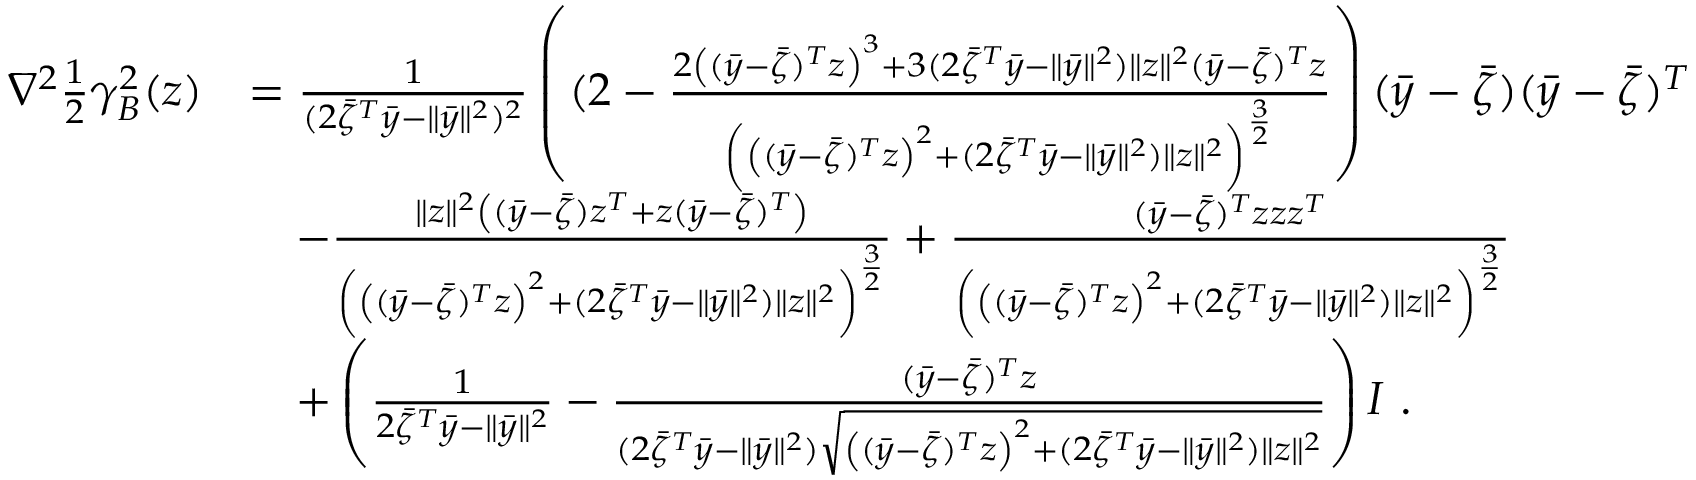
\begin{array} { r l } { \nabla ^ { 2 } \frac { 1 } { 2 } \gamma _ { B } ^ { 2 } ( z ) } & { = \frac { 1 } { ( 2 \bar { \zeta } ^ { T } \bar { y } - \| \bar { y } \| ^ { 2 } ) ^ { 2 } } \left( ( 2 - \frac { 2 \left( ( \bar { y } - \bar { \zeta } ) ^ { T } z \right) ^ { 3 } + 3 ( 2 \bar { \zeta } ^ { T } \bar { y } - \| \bar { y } \| ^ { 2 } ) \| z \| ^ { 2 } ( \bar { y } - \bar { \zeta } ) ^ { T } z } { \left( \left( ( \bar { y } - \bar { \zeta } ) ^ { T } z \right) ^ { 2 } + ( 2 \bar { \zeta } ^ { T } \bar { y } - \| \bar { y } \| ^ { 2 } ) \| z \| ^ { 2 } \right) ^ { \frac { 3 } { 2 } } } \right) ( \bar { y } - \bar { \zeta } ) ( \bar { y } - \bar { \zeta } ) ^ { T } } \\ & { \quad - \frac { \| z \| ^ { 2 } \left( ( \bar { y } - \bar { \zeta } ) z ^ { T } + z ( \bar { y } - \bar { \zeta } ) ^ { T } \right) } { \left( \left( ( \bar { y } - \bar { \zeta } ) ^ { T } z \right) ^ { 2 } + ( 2 \bar { \zeta } ^ { T } \bar { y } - \| \bar { y } \| ^ { 2 } ) \| z \| ^ { 2 } \right) ^ { \frac { 3 } { 2 } } } + \frac { ( \bar { y } - \bar { \zeta } ) ^ { T } z z z ^ { T } } { \left( \left( ( \bar { y } - \bar { \zeta } ) ^ { T } z \right) ^ { 2 } + ( 2 \bar { \zeta } ^ { T } \bar { y } - \| \bar { y } \| ^ { 2 } ) \| z \| ^ { 2 } \right) ^ { \frac { 3 } { 2 } } } } \\ & { \quad + \left( \frac { 1 } { 2 \bar { \zeta } ^ { T } \bar { y } - \| \bar { y } \| ^ { 2 } } - \frac { ( \bar { y } - \bar { \zeta } ) ^ { T } z } { ( 2 \bar { \zeta } ^ { T } \bar { y } - \| \bar { y } \| ^ { 2 } ) \sqrt { \left( ( \bar { y } - \bar { \zeta } ) ^ { T } z \right) ^ { 2 } + ( 2 \bar { \zeta } ^ { T } \bar { y } - \| \bar { y } \| ^ { 2 } ) \| z \| ^ { 2 } } } \right) I \ . } \end{array}